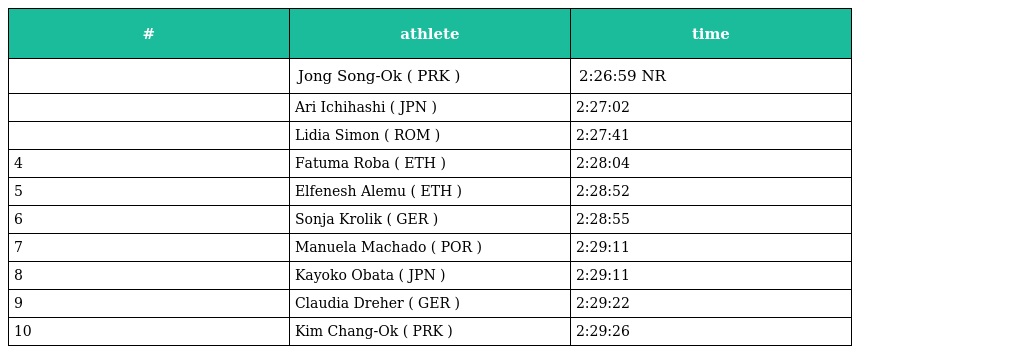
| # | athlete | time |
 | --- | --- | --- |
 |  | Jong Song-Ok ( PRK ) | 2:26:59 NR |
 |  | Ari Ichihashi ( JPN ) | 2:27:02 |
 |  | Lidia Simon ( ROM ) | 2:27:41 |
 | 4 | Fatuma Roba ( ETH ) | 2:28:04 |
 | 5 | Elfenesh Alemu ( ETH ) | 2:28:52 |
 | 6 | Sonja Krolik ( GER ) | 2:28:55 |
 | 7 | Manuela Machado ( POR ) | 2:29:11 |
 | 8 | Kayoko Obata ( JPN ) | 2:29:11 |
 | 9 | Claudia Dreher ( GER ) | 2:29:22 |
 | 10 | Kim Chang-Ok ( PRK ) | 2:29:26 |